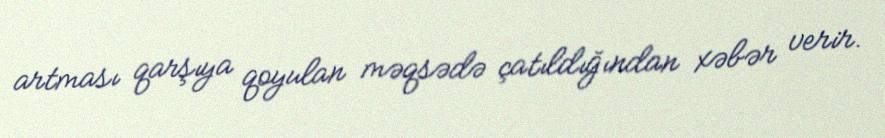
artması qarşıya qoyulan məqsədə çatıldığından xəbər verir.